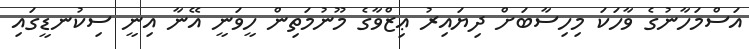
އަސްމަހާނުގެ ވާހަކަ މިހިސާބަށް ދިޔައިރު ޢިޒްވާގެ މޫނުމަތިން ހީވަނީ އޭނާ އިނީ ސިކުނޑީގައި